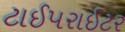
ટાઈપરાઈટર